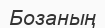
Бозаның